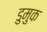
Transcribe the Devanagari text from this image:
डुमुक